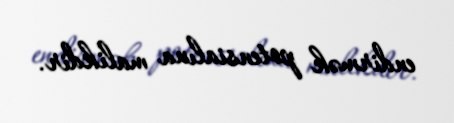
endirmək potensialına malikdir.